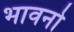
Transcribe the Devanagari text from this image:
भावनो